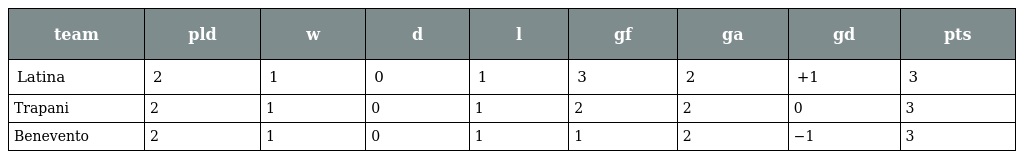
| team | pld | w | d | l | gf | ga | gd | pts |
 | --- | --- | --- | --- | --- | --- | --- | --- | --- |
 | Latina | 2 | 1 | 0 | 1 | 3 | 2 | +1 | 3 |
 | Trapani | 2 | 1 | 0 | 1 | 2 | 2 | 0 | 3 |
 | Benevento | 2 | 1 | 0 | 1 | 1 | 2 | −1 | 3 |